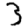
Digit: 3